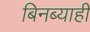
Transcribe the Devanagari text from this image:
बिनब्याही